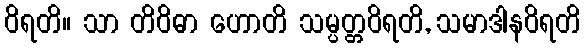
ဝိရတိ။ သာ တိဝိဓာ ဟောတိ သမ္ပတ္တဝိရတိ, သမာဒါနဝိရတိ